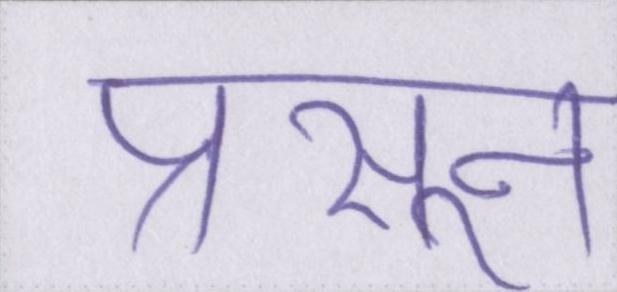
प्रसून